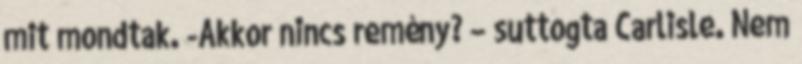
mit mondtak. -Akkor nincs remény? – suttogta Carlisle. Nem